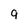
Character: 9